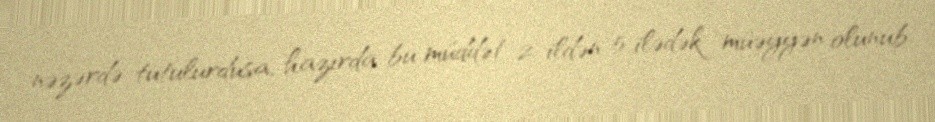
nəzərdə tutulurdusa, hazırda bu müddət 2 ildən 5 ilədək müəyyən olunub.